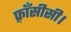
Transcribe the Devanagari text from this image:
फ़्राँसीसी।